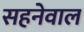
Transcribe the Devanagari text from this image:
सहनेवाल